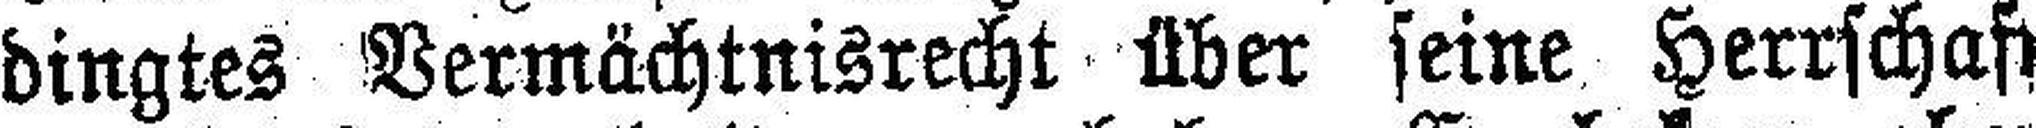
dingtes Vermächtnisrecht über seine Herrschaft